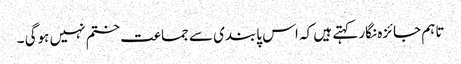
تاہم جائزہ نگار کہتے ہیں کہ اس پابندی سے جماعت ختم نہیں ہوگی ۔